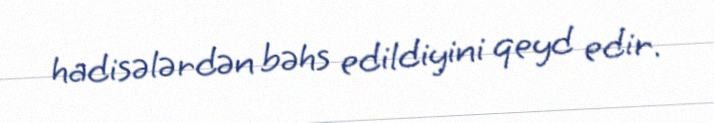
hadisələrdən bəhs edildiyini qeyd edir.